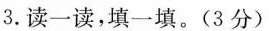
3.读一读，填一填。(3分)